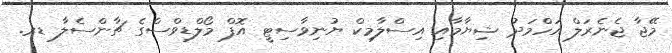
މޭޖާ ޖެނެރަލް އަހްމަދު ޝިޔާމާއި އިސްލާމިކް ޔުނިވާސިޓީ އޮފް މޯލްޑިވްސްގެ ޗާންސެލާ ޑރ.